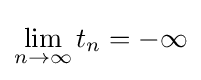
\lim _{n\to \infty }t_{n}=-\infty